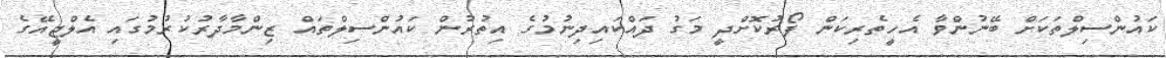
ކައުންސިލްތަކަށް ބޭނުންވާ އެހީތެރިކަން ފޯރުކޮށްދީ މަގު ދައްކައިދިނުމުގެ އިތުރުން ކައުންސިލްތައް ޒިންމާދާރުކުރުމުގައި އެލްޖީއޭގެ